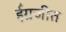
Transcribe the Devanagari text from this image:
ईंग्रजीत